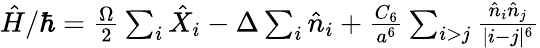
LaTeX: \begin{array}{r}{\hat{H}/\hbar=\frac{\Omega}{2}\sum_{i}\hat{X}_{i}-\Delta\sum_{i}\hat{n}_{i}+\frac{C_{6}}{a^{6}}\sum_{i>j}\frac{\hat{n}_{i}\hat{n}_{j}}{|i-j|^{6}}}\end{array}